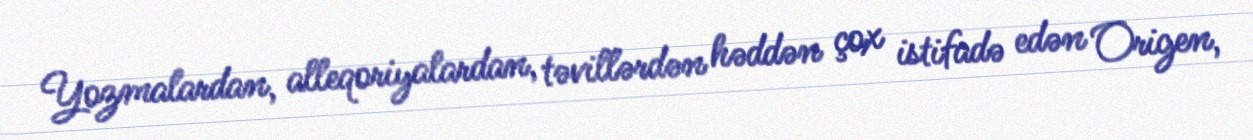
Yozmalardan, alleqoriyalardan, təvillərdən həddən çox istifadə edən Origen,